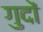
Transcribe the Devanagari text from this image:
गुदों